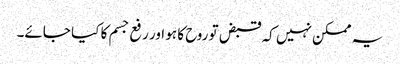
یہ ممکن نہیں کہ قبض تو روح کا ہو اور رفع جسم کا کیا جائے۔